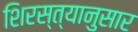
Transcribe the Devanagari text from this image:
शिरस्त्यानुसार